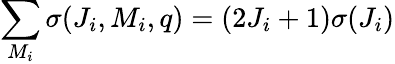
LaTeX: \sum_{M_{i}}\sigma(J_{i},M_{i},q)=(2J_{i}+1)\sigma(J_{i})